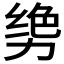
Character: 𫦳